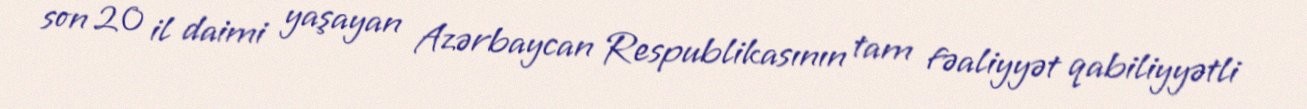
son 20 il daimi yaşayan Azərbaycan Respublikasının tam fəaliyyət qabiliyyətli